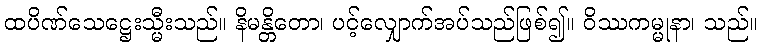
ထပိဏ်သေဋ္ဌေးသ္မီးသည်။ နိမန္တိတော၊ ပင့်လျှောက်အပ်သည်ဖြစ်၍။ ဝိဿကမ္မုနာ၊ သည်။